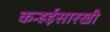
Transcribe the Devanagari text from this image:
कन्हईसारखी